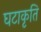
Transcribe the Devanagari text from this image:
घटाकृति